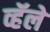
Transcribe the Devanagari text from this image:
व्हॅले